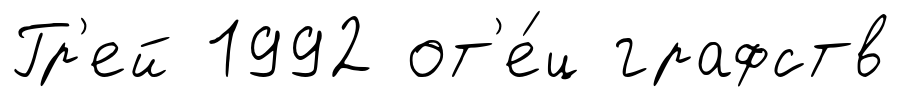
Гр'ей 1992 от'е́ц графств